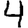
Digit: 4